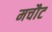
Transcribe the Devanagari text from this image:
मचौट